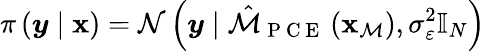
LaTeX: \pi\left(\boldsymbol{y}\mid\boldsymbol{\mathbf{x}}\right)=\mathcal{{N}}\left(\boldsymbol{y}\mid\hat{{\mathcal{{M}}}}_{\mathrm{{~P~C~E~}}}\left(\boldsymbol{\mathbf{x}}_{\mathcal{{M}}}\right),\sigma_{\varepsilon}^{2}\mathbb{{I}}_{N}\right)